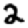
Digit: 2